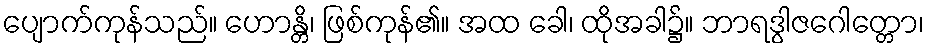
ပျောက်ကုန်သည်။ ဟောန္တိ၊ ဖြစ်ကုန်၏။ အထ ခေါ၊ ထိုအခါ၌။ ဘာရဒွါဇဂေါတ္တော၊